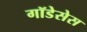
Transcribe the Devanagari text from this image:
गॉडेसेस